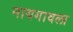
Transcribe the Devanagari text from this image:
नायगावला